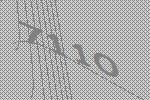
7110